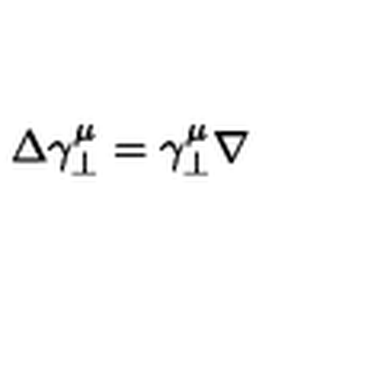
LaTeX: \Delta \gamma _ { \perp } ^ { \mu } = \gamma _ { \perp } ^ { \mu } \nabla